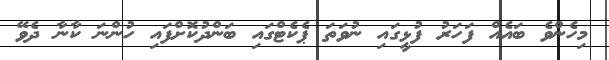
މިހެންވެ ބައެއް ފަހަރު ފުޅީގައި ނުވަތަ ޕެކެޓްގައި ބަންދުކޮށްފައި ހުންނަ ކާނާ ދެވޭ